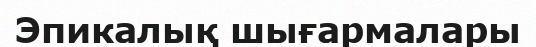
Эпикалық шығармалары